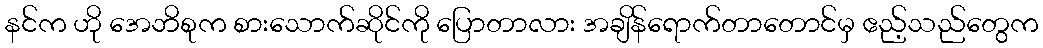
နင်က ဟို အေဘိစုက စားသောက်ဆိုင်ကို ပြောတာလား အချိန်ရောက်တာတောင်မှ ဧည့်သည်တွေက